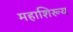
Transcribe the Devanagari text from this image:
महाशिरूय